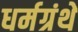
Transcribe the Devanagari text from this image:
धर्मग्रंथे